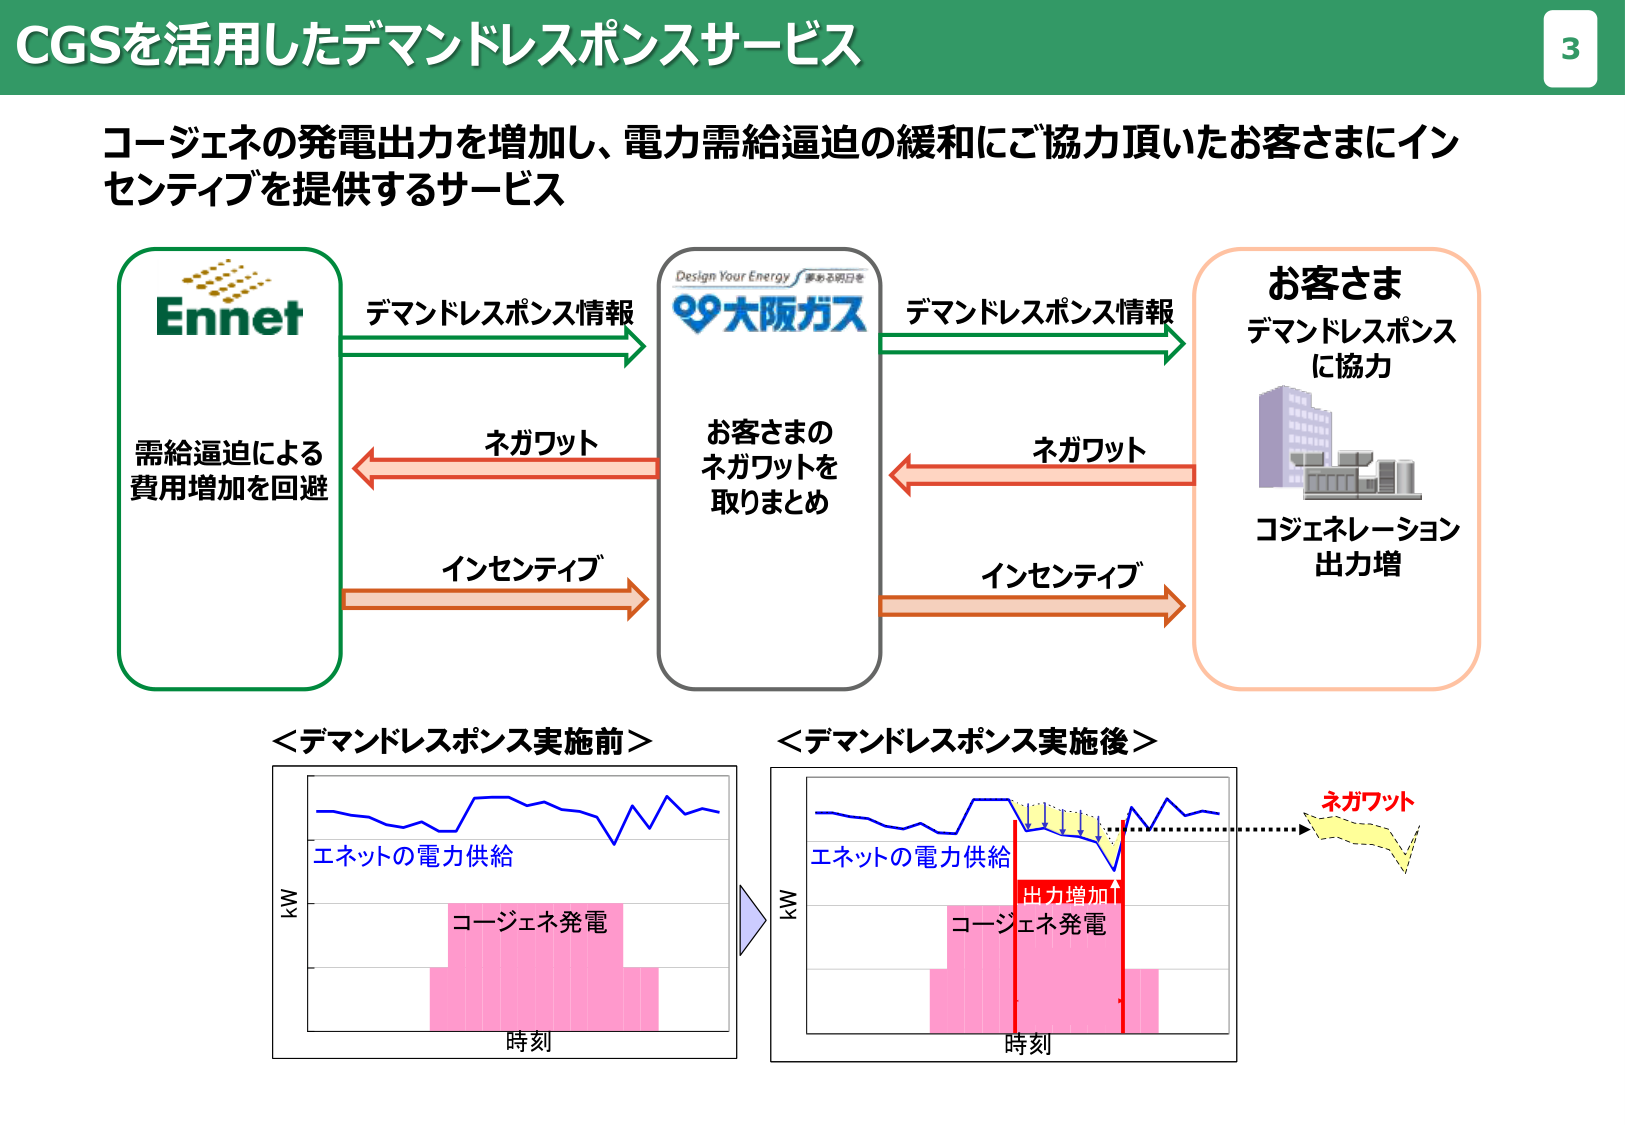
CGSを活用したデマンドレスポンスサービス

コージェネの発電出力を増加し、電力需給逼迫の緩和にご協力頂いたお客さまにインセンティブを提供するサービス

Ennet
需給逼迫による
費用増加を回避

デマンドレスポンス情報
ネガワット
インセンティブ

Design Your Energy 夢ある明日を
大阪ガス
お客さまの
ネガワットを
取りまとめ

デマンドレスポンス情報
ネガワット
インセンティブ

お客さま
デマンドレスポンス
に協力
コジェネレーション
出力増

＜デマンドレスポンス実施前＞
＜デマンドレスポンス実施後＞

kW
エネットの電力供給
コージェネ発電
時刻

kW
エネットの電力供給
コージェネ発電
出力増加
時刻

ネガワット

3